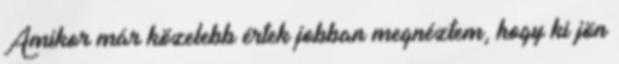
Amikor már közelebb értek jobban megnéztem, hogy ki jön